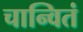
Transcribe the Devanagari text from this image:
चान्वितं